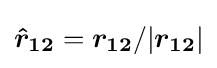
{\boldsymbol {{\hat {r}}_{12}}}={{\boldsymbol {r_{12}}}/|{\boldsymbol {r_{12}}}|}